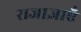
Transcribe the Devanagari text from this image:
राजाज्ञाएँ